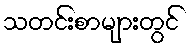
သတင်းစာများတွင်